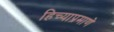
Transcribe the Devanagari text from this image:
हिच्याप्रमाणे